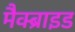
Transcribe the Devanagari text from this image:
मैक्ब्राइड